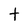
Character: t